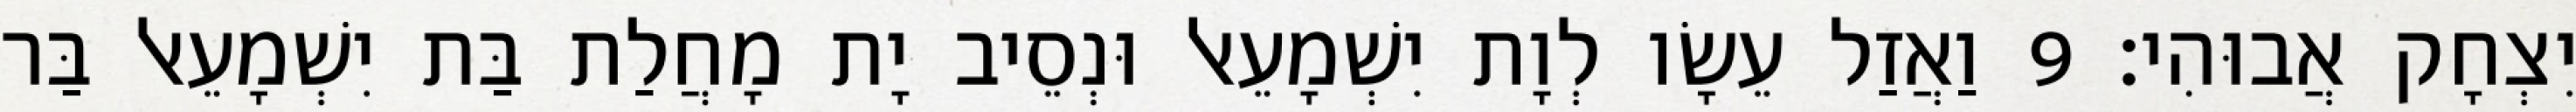
יִצְחָק אֲבוּהִי׃ 9 וַאֲזַל עֵשָׂו לְוָת יִשְׁמָעֵאל וּנְסֵיב יָת מָחֲלַת בַּת יִשְׁמָעֵאל בַּר